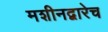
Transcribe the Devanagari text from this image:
मशीनद्वारेच